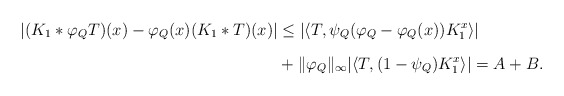
\begin{align*} |(K_1*\varphi_QT)(x)-\varphi_Q(x)(K_1*T)(x)|&\leq|\langle T,\psi_Q(\varphi_Q-\varphi_Q(x))K_1^x\rangle|\\*[7pt]& +\|\varphi_Q \|_{\infty}|\langle T,(1-\psi_Q)K_1^x\rangle|=A+B.\end{align*}